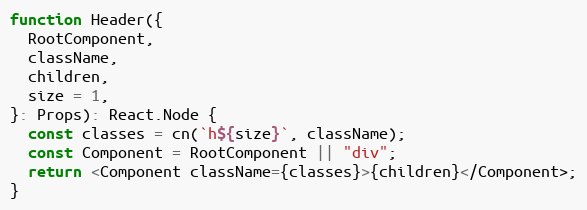
Language: JavaScript
function Header({
  RootComponent,
  className,
  children,
  size = 1,
}: Props): React.Node {
  const classes = cn(`h${size}`, className);
  const Component = RootComponent || "div";
  return <Component className={classes}>{children}</Component>;
}